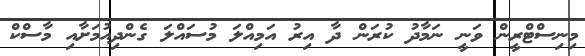
މިނިސްޓްރީން ވަނީ ނަމާދު ކުރަން ދާ އިރު އަމިއްލަ މުސައްލަ ގެންދިއުމަށާއި މާސްކް